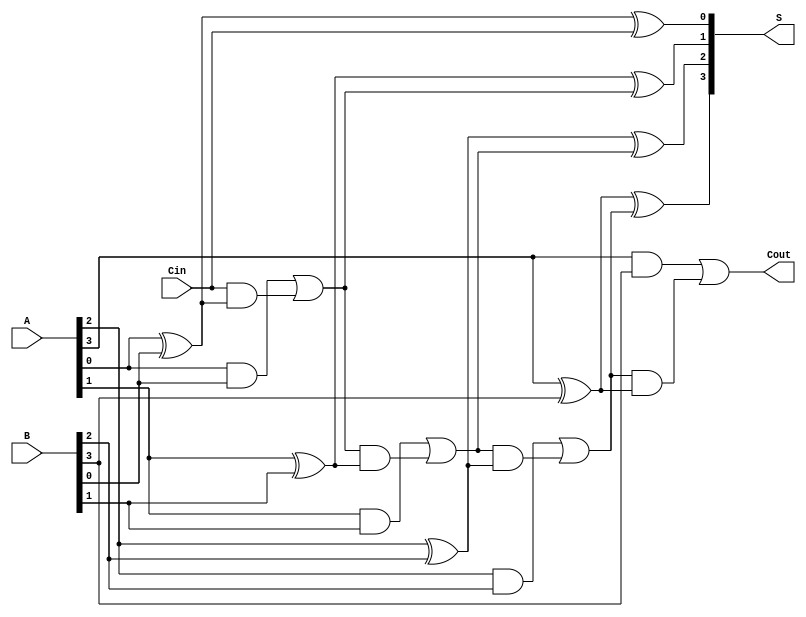
module ParallelFullAdder #(parameter N = 4) (
    input [N-1:0] A,       // n-bit binary number A
    input [N-1:0] B,       // n-bit binary number B
    input Cin,             // Carry input
    output [N-1:0] S,      // n-bit sum output
    output Cout            // Carry output
);

    wire [N:0] C;          // Carry wires (one extra for Cout)

    assign C[0] = Cin;      // The first carry input is Cin

    genvar i;
    generate
        for (i = 0; i < N; i = i + 1) begin : full_adder
            // Sum = A_i XOR B_i XOR C_in
            assign S[i] = A[i] ^ B[i] ^ C[i];

            // Carry_out = (A_i AND B_i) OR (C_in AND (A_i XOR B_i))
            assign C[i + 1] = (A[i] & B[i]) | (C[i] & (A[i] ^ B[i]));
        end
    endgenerate

    assign Cout = C[N];    // The final carry out

endmodule